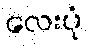
လေးပုံ